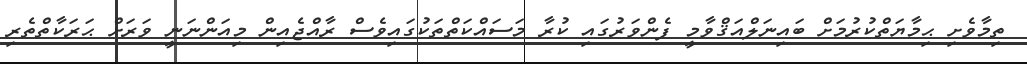
ތިމާވެށި ޙިމާޔަތްކުރުމަށް ބައިނަލްއަޤްވާމީ ފެންވަރުގައި ކުރާ މަސައްކަތްތަކުގައިވެސް ރާއްޖެއިން މިއަންނަނީ ވަރަށް ޙަރަކާތްތެރި